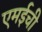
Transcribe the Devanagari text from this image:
एमईची